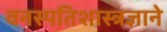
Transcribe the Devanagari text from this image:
वनस्पतिशास्त्रज्ञाने